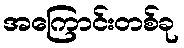
အကြောင်းတစ်ခု